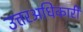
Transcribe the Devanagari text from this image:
उत्तरअधिकारी